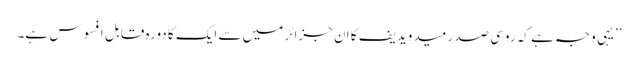
’’یہی وجہ ہے کہ روسی صدر میدویدیف کا ان جزائر میں سے ایک کا دورہ قابل افسوس ہے۔